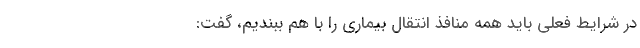
در شرایط فعلی باید همه منافذ انتقال بیماری را با هم ببندیم، گفت: